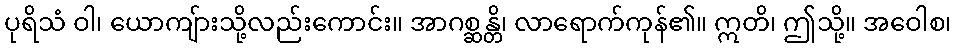
ပုရိသံ ဝါ၊ ယောကျ်ားသို့လည်းကောင်း။ အာဂစ္ဆန္တိ၊ လာရောက်ကုန်၏။ ဣတိ၊ ဤသို့။ အဝေါစ၊